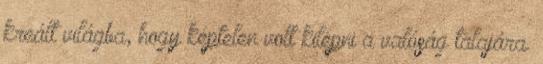
kreált világba, hogy képtelen volt kilépni a valóság talajára.